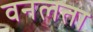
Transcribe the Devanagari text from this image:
वनलता